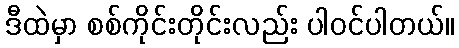
ဒီထဲမှာ စစ်ကိုင်းတိုင်းလည်း ပါဝင်ပါတယ်။